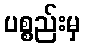
ပစ္စည်းမှ